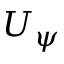
U _ { \psi }